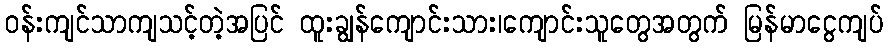
ဝန်းကျင်သာကျသင့်တဲ့အပြင် ထူးချွန်ကျောင်းသား၊ကျောင်းသူတွေအတွက် မြန်မာငွေကျပ်